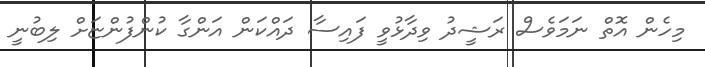
މިހެން އޮތް ނަމަވެސް ރަޝީދު ވިދާޅުވީ ފައިސާ ދައްކަން އަންގާ ކުންފުންޏަށް ލިބުނީ